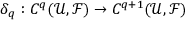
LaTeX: \delta _ { q } : C ^ { q } ( { \mathcal { U } } , { \mathcal { F } } ) \to C ^ { q + 1 } ( { \mathcal { U } } , { \mathcal { F } } )